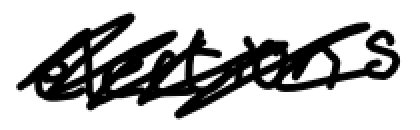
Text: elections
Cross-out: scratch
Writing tool: digital_black